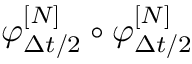
\varphi _ { \Delta { t } / 2 } ^ { [ N ] } \circ \varphi _ { \Delta { t } / 2 } ^ { [ N ] }